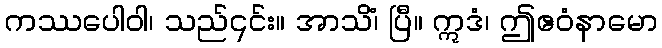
ကဿပေါဝါ၊ သည်၎င်း။ အာသိံ၊ ပြီ။ ဣဒံ၊ ဤဧဝံနာမော